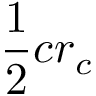
{ \frac { 1 } { 2 } } c r _ { c }